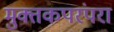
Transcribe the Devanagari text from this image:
मुक्तकपरंपरा